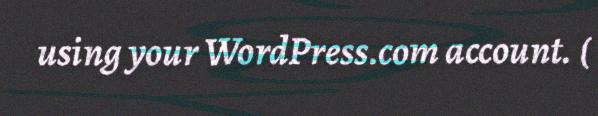
using your WordPress.com account. (